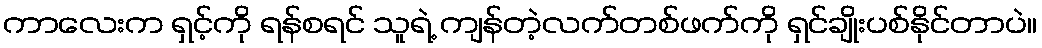
ကာလေးက ရှင့်ကို ရန်စရင် သူရဲ့ ကျန်တဲ့လက်တစ်ဖက်ကို ရှင်ချိုးပစ်နိုင်တာပဲ။